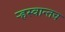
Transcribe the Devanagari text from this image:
ऱ्हस्वान्तच